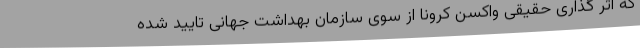
که اثر گذاری حقیقی واکسن کرونا از سوی سازمان بهداشت جهانی تایید شده